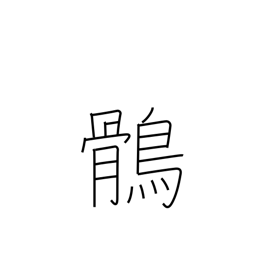
Meaning: eagle